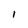
Character: 1